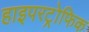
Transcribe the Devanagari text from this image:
हाइपरट्रोफिक